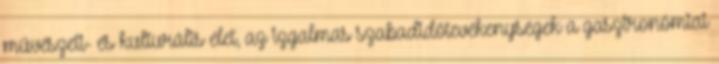
művészeti- és kulturális élet, az izgalmas szabadidőtevékenységek a gasztronómiai